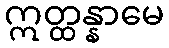
ဣတ္ထန္နာမေ